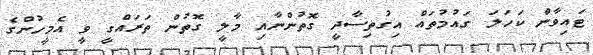
ޓައިވާން ކަހަލަ ގައުމުތައް އިގުތިސާދީ ގޮތުންނާއި މާލީ ގޮތުން ތަރައްގީ ވީ އެމީހުންގެ